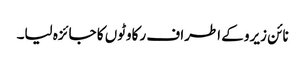
نائن زیرو کے اطراف رکاوٹوں کا جائزہ لیا۔